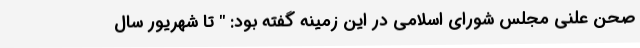
صحن علنی مجلس شورای اسلامی در این زمینه گفته بود: " تا شهریور سال